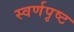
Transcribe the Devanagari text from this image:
स्वर्णपृष्ट